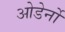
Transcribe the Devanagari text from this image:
ओडेर्नो